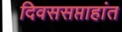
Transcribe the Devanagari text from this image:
दिवससप्ताहांत